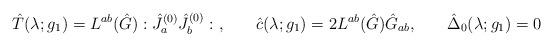
LaTeX: \begin{align*}\hat{T}(\lambda;g_1) = L^{ab}(\hat{G}):\hat{J}_a^{(0)}\hat{J}_b^{(0)}:\hspace{.05in} , \hspace{.3in} \hat{c}(\lambda;g_1) = 2L^{ab}(\hat{G})\hat{G}_{ab}, \hspace{.3in} \hat{\Delta}_0(\lambda;g_1)=0\end{align*}